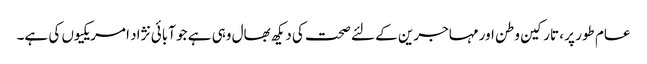
عام طور پر ، تارکین وطن اور مہاجرین کے لئے صحت کی دیکھ بھال وہی ہے جو آبائی نژاد امریکیوں کی ہے۔